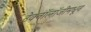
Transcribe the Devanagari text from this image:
टेक्‍नॉलॉजीमधून